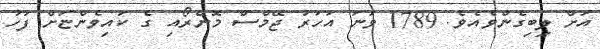
އަށް ލިބިގެންވެއެވެ. 1789 ވަނަ އަހަރު ޖޭމްސް މޮންރޯއި ގެ ކައިވެންޏަށް ފަހު